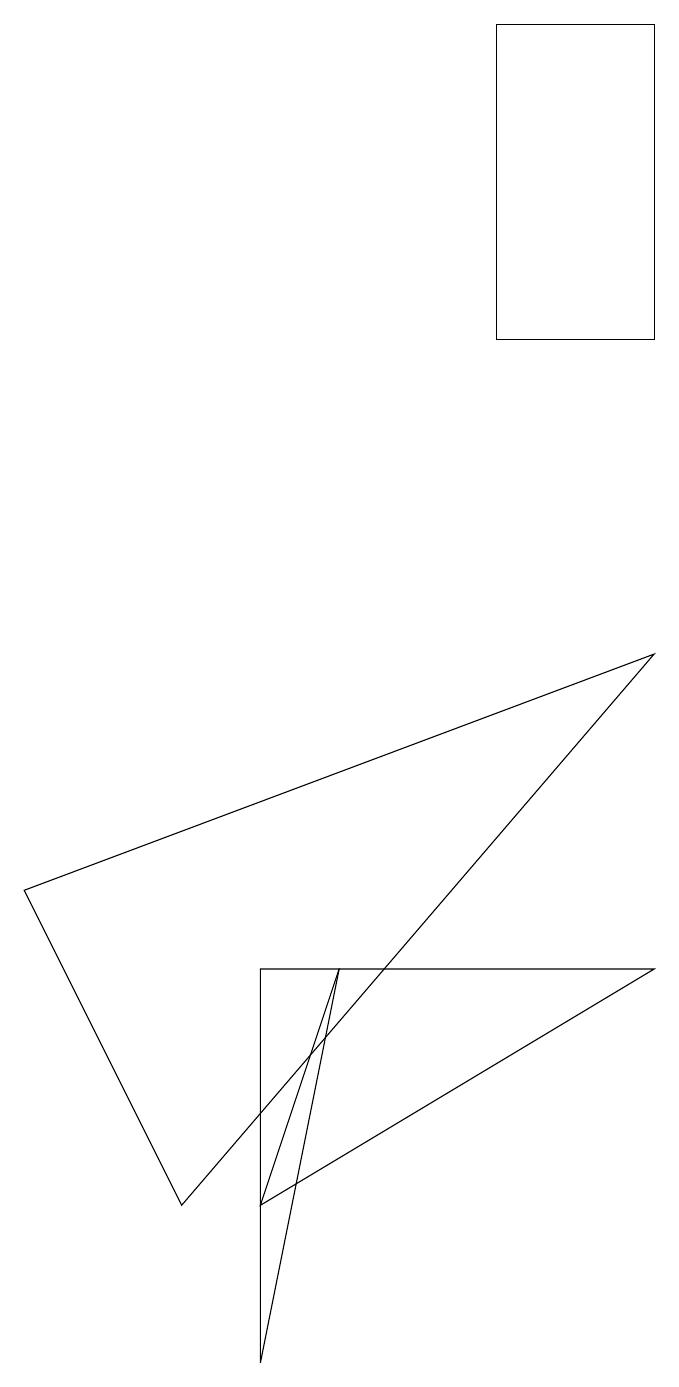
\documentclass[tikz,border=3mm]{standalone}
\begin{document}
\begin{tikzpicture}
\draw (0,6) -- (8,9) -- (2,2) -- cycle;
\draw (3,2) -- (4,5) -- (8,5) -- cycle;
\draw (6,17) rectangle (8,13);
\draw (4,5) -- (3,5) -- (3,0) -- cycle;
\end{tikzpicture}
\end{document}